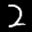
Label: 2